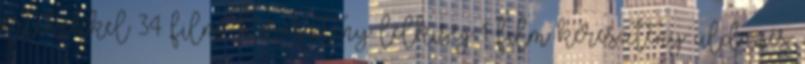
értékekkel 34 film Keresztény lelkiség 1 film keresztény üldözés